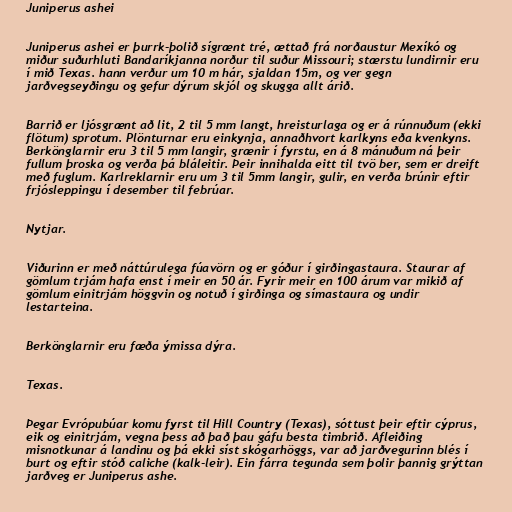
Juniperus ashei

Juniperus ashei er þurrk-þolið sígrænt tré, ættað frá norðaustur Mexíkó og
miður suðurhluti Bandaríkjanna norður til suður Missouri; stærstu lundirnir eru
í mið Texas. hann verður um 10 m hár, sjaldan 15m, og ver gegn
jarðvegseyðingu og gefur dýrum skjól og skugga allt árið.

Barrið er ljósgrænt að lit, 2 til 5 mm langt, hreisturlaga og er á rúnnuðum (ekki
flötum) sprotum. Plönturnar eru einkynja, annaðhvort karlkyns eða kvenkyns.
Berkönglarnir eru 3 til 5 mm langir, grænir í fyrstu, en á 8 mánuðum ná þeir
fullum þroska og verða þá bláleitir. Þeir innihalda eitt til tvö ber, sem er dreift
með fuglum. Karlreklarnir eru um 3 til 5mm langir, gulir, en verða brúnir eftir
frjósleppingu í desember til febrúar.

Nytjar.

Viðurinn er með náttúrulega fúavörn og er góður í girðingastaura. Staurar af
gömlum trjám hafa enst í meir en 50 ár. Fyrir meir en 100 árum var mikið af
gömlum einitrjám höggvin og notuð í girðinga og símastaura og undir
lestarteina.

Berkönglarnir eru fæða ýmissa dýra.

Texas.

Þegar Evrópubúar komu fyrst til Hill Country (Texas), sóttust þeir eftir cýprus,
eik og einitrjám, vegna þess að það þau gáfu besta timbrið. Afleiðing
misnotkunar á landinu og þá ekki síst skógarhöggs, var að jarðvegurinn blés í
burt og eftir stóð caliche (kalk-leir). Ein fárra tegunda sem þolir þannig grýttan
jarðveg er Juniperus ashe.